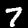
Label: 7